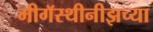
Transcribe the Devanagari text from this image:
मीगॅस्थीनीझच्या